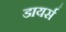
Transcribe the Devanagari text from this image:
डायर्स